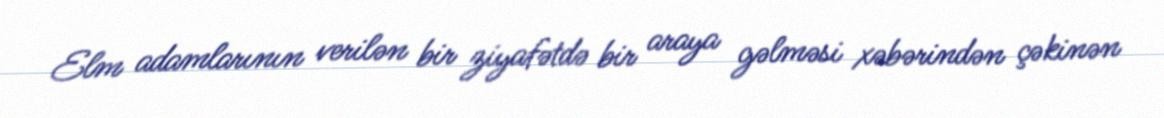
Elm adamlarının verilən bir ziyafətdə bir araya gəlməsi xəbərindən çəkinən